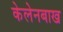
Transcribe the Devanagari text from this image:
केलेनबाख